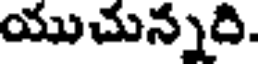
యుచున్నది.